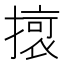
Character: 𭢔